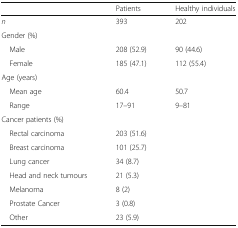
|  | Patients | Healthy individuals |
 | --- | --- | --- |
 | n | 393 | 202 |
 | Gender (%) |  |  |
 | Male | 208 (52.9) | 90 (44.6) |
 | Female | 185 (47.1) | 112 (55.4) |
 | Age (years) |  |  |
 | Mean age | 60.4 | 50.7 |
 | Range | 17–91 | 9–81 |
 | Cancer patients (%) |  |  |
 | Rectal carcinoma | 203 (51.6) |  |
 | Breast carcinoma | 101 (25.7) |  |
 | Lung cancer | 34 (8.7) |  |
 | Head and neck tumours | 21 (5.3) |  |
 | Melanoma | 8 (2) |  |
 | Prostate Cancer | 3 (0.8) |  |
 | Other | 23 (5.9) |  |